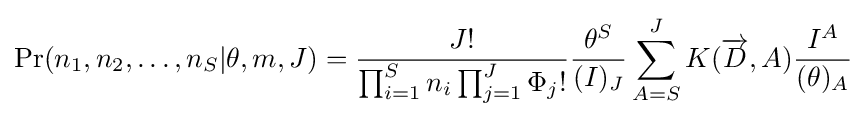
\Pr(n_{1},n_{2},\ldots ,n_{S}|\theta ,m,J)={\frac {J!}{\prod _{i=1}^{S}n_{i}\prod _{j=1}^{J}\Phi _{j}!}}{\frac {\theta ^{S}}{(I)_{J}}}\sum _{A=S}^{J}K({\overrightarrow {D}},A){\frac {I^{A}}{(\theta )_{A}}}